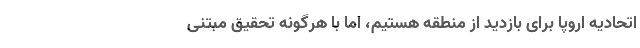
اتحادیه اروپا برای بازدید از منطقه هستیم، اما با هرگونه تحقیق مبتنی